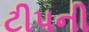
ટીપની